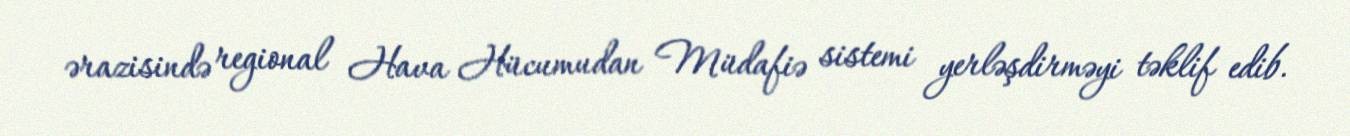
ərazisində regional Hava Hücumudan Müdafiə sistemi yerləşdirməyi təklif edib.